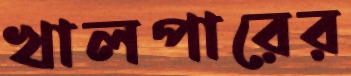
খালপারের